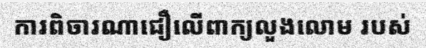
ការពិចារណាជឿលើពាក្យលួងលោម របស់